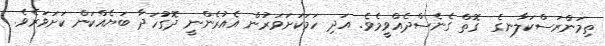
ތިމަންރަސްކަލާނގެ  ގޮތް ގެނެސްދެއްވީމެވެ. އަދި ހަމަކަށަވަރުން އެއުރެންނީ ދޮގުހަދާ ބަޔެއްކަން ކަށަވަރެވެ.